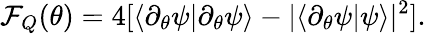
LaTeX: \mathcal{F}_{Q}(\theta)=4[\langle\partial_{\theta}\psi|\partial_{\theta}\psi\rangle-|\langle\partial_{\theta}\psi|\psi\rangle|^{2}].